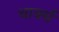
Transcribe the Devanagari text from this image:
थार्क्स